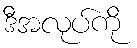
ဒီအလုပ်ကို